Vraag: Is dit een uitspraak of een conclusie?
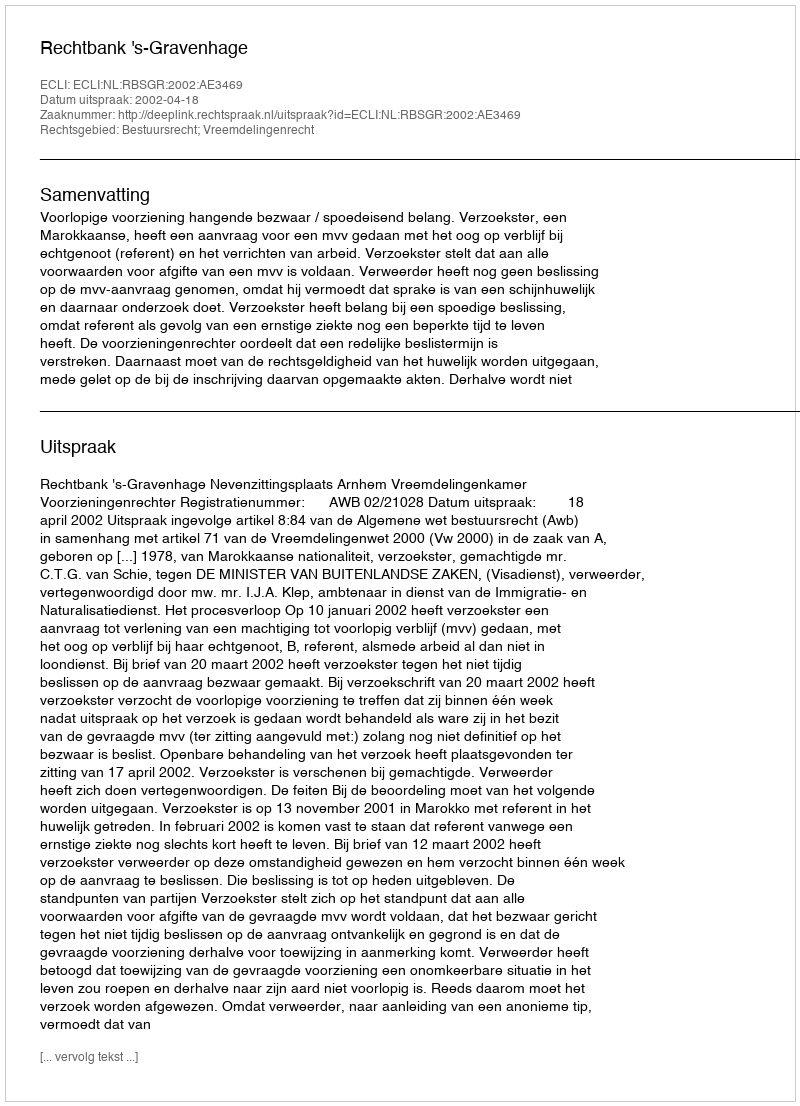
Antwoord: Uitspraak